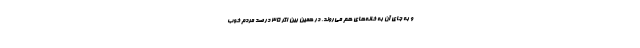
و به جای آن به خانه‌های هم می‌روند، در همین بین اگر ۳۵ درصد مردم خوب